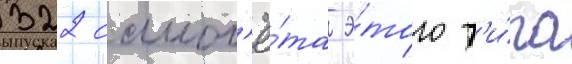
322 самол'ё́та э́того т'и́па